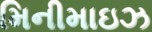
મિનીમાઇઝ